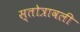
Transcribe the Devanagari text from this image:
स्तोत्रावली